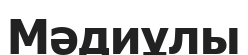
Мәдиұлы